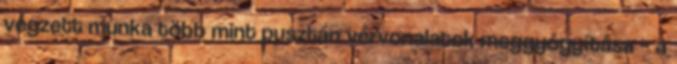
végzett munka több mint pusztán vérvonalatok meggyógyítása – a